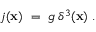
{ j ( { \bf x } ) \ = \ g \, \delta ^ { 3 } ( { \bf x } ) \ . }